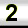
Digit: 2